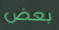
بعض